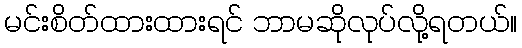
မင်းစိတ်ထားထားရင် ဘာမဆိုလုပ်လို့ရတယ်။